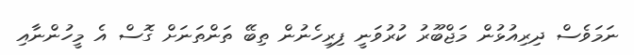
ނަމަވެސް ދިރިއުޅުން މަޖްބޫރު ކުރުވަނީ ފިރިހެނުން ތިބޭ ތަންތަނަށް ގޮސް އެ މީހުންނާއި